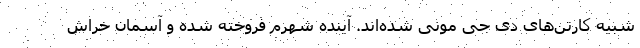
شبیه کارتن‌های دی جی مونی شده‌اند. آینده شهرم فروخته شده و آسمان خراش